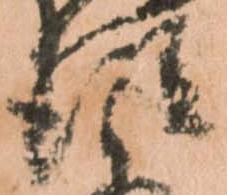
従